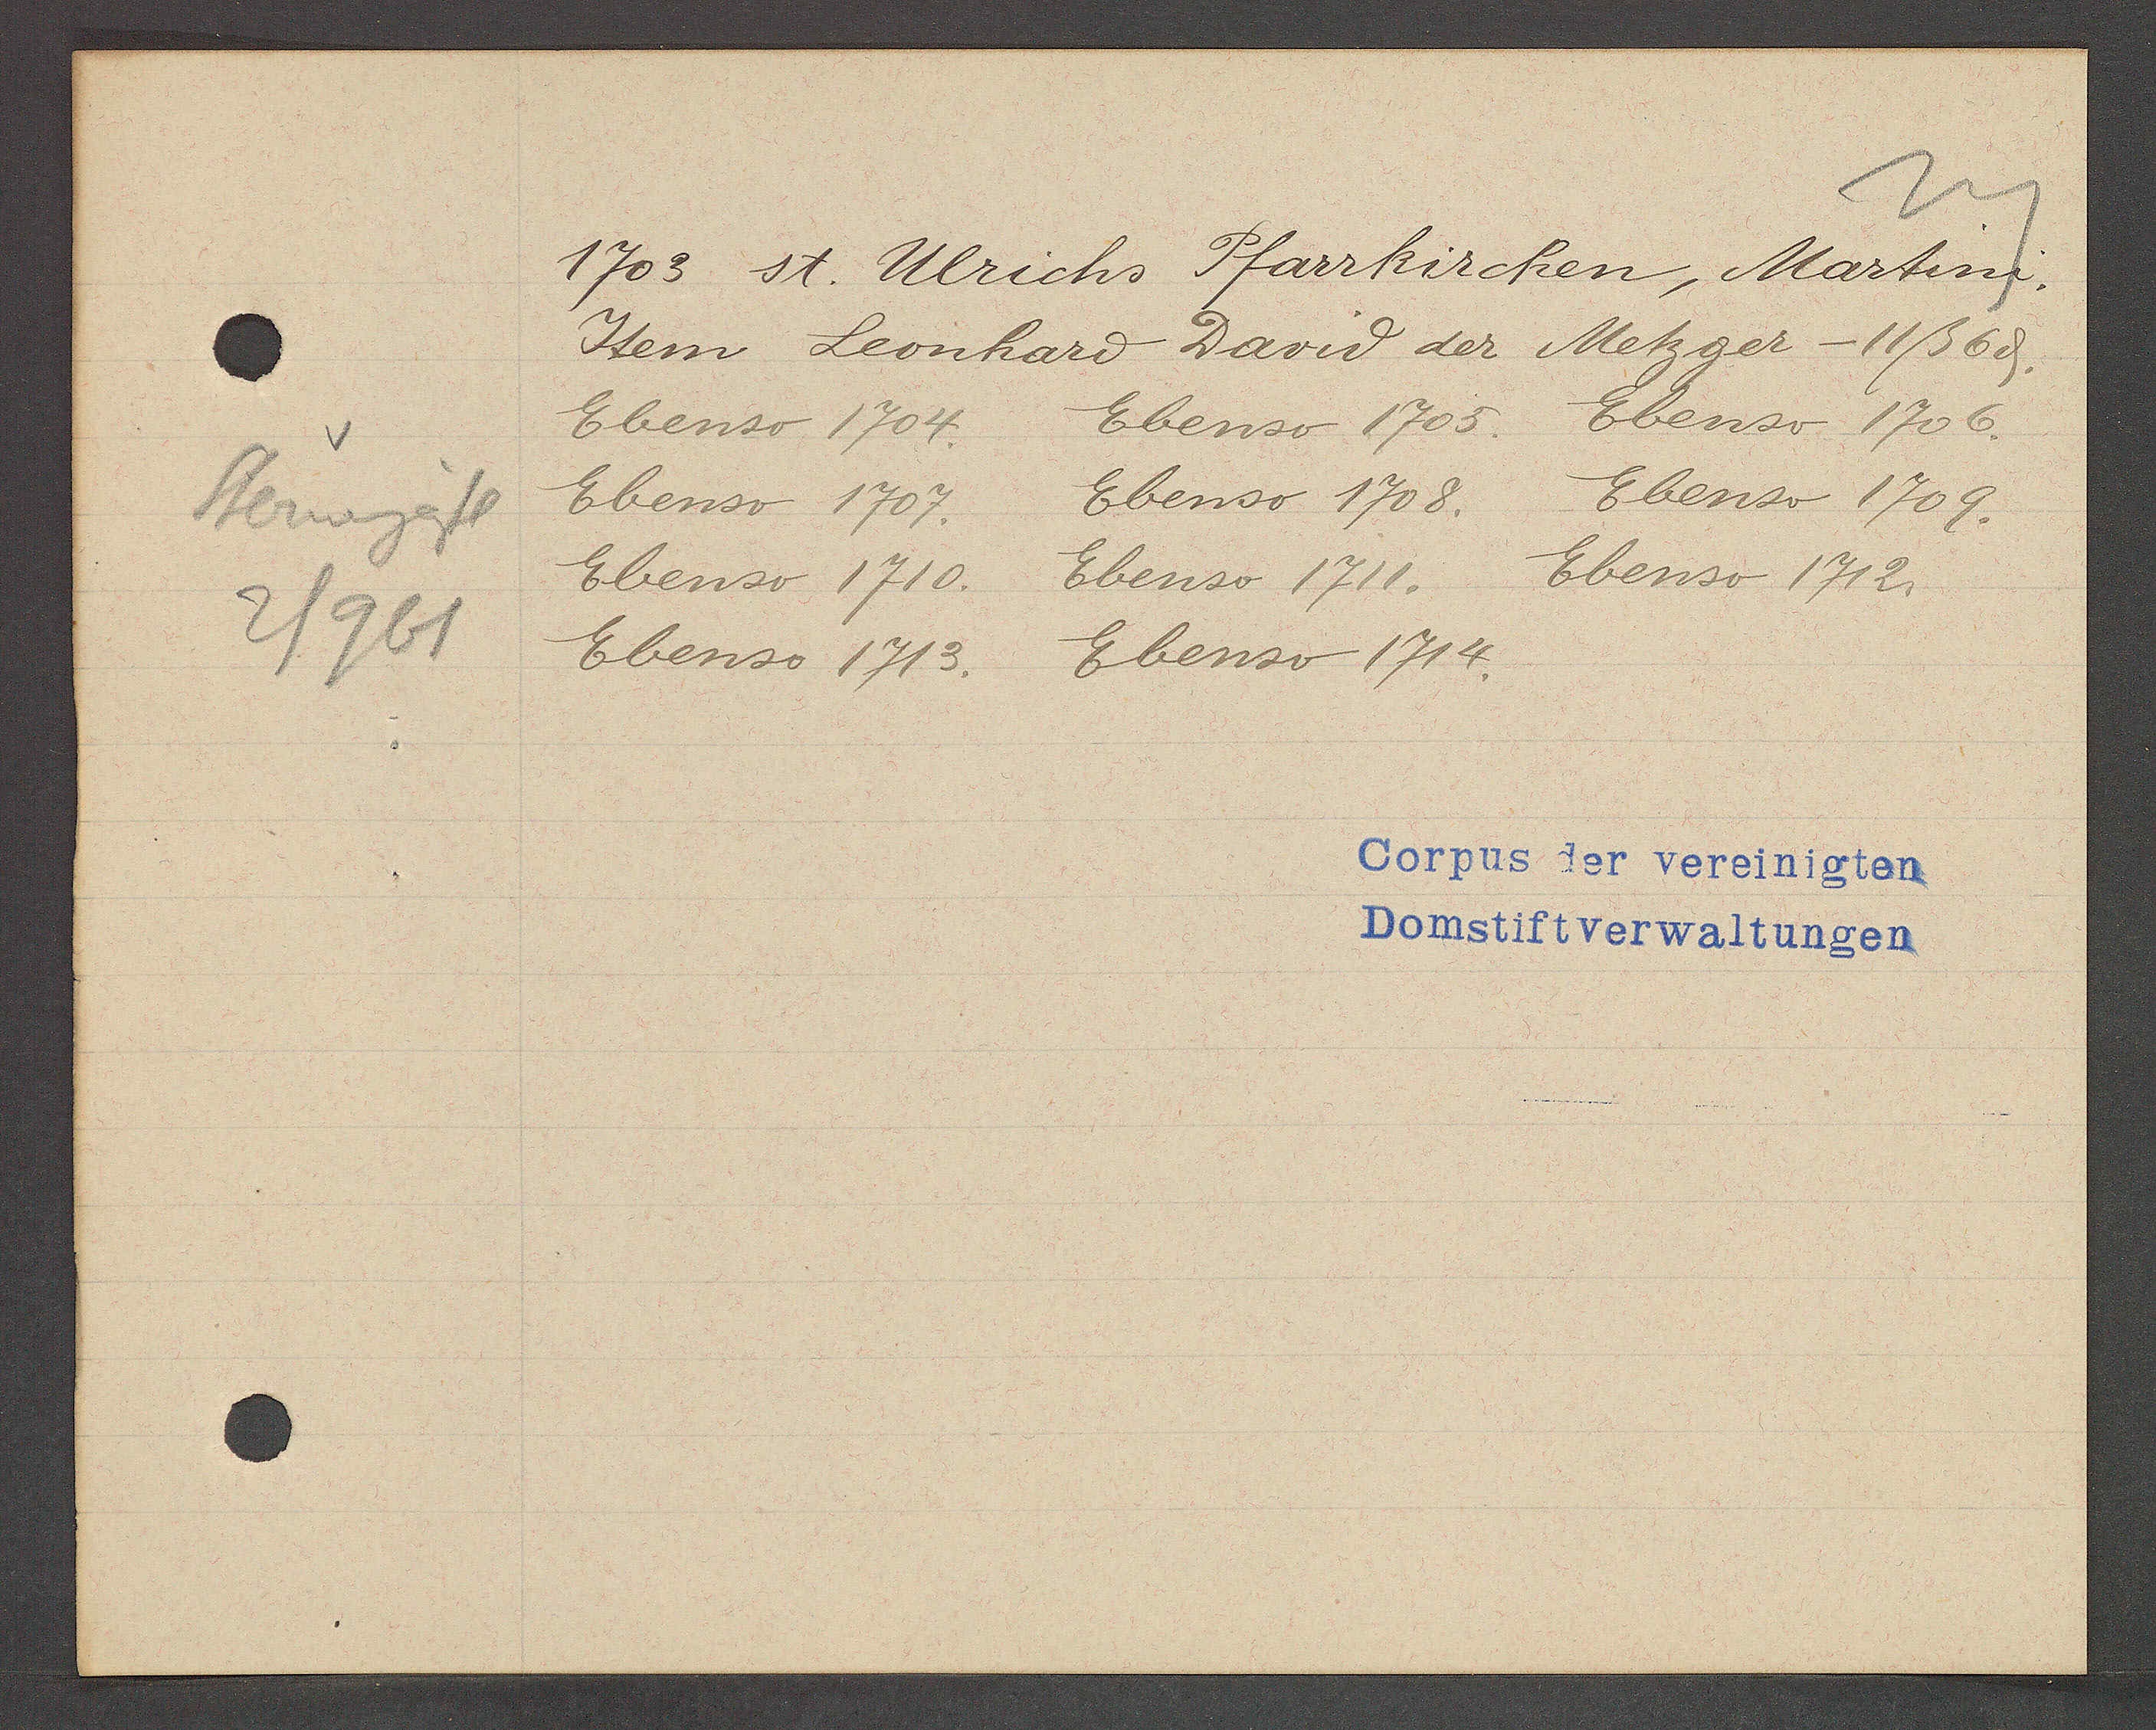
Transcript:
Sternengässl
2/961

1703 st. Ulrichs Pfarrkirchen, Martini

Item Leonhard David der Metzger - 11ß 6ȡ.
Ebenso 1704.
Ebenso 1705.
Ebenso 1706.
Ebenso 1707.
Ebenso 1708.
Ebenso 1709.
Ebenso 1710.
Ebenso 1711. Ebenso 1712.
Ebenso 1713.
Ebenso 1714.

Corpus der vereinigten
Domstiftverwaltungen